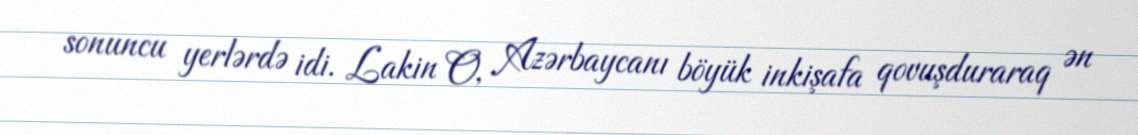
sonuncu yerlərdə idi. Lakin O, Azərbaycanı böyük inkişafa qovuşduraraq ən